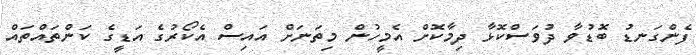
ފެންގަނޑު ބޮޑުވާ ދުވަސްކޮޅާ ދިމާކޮށް އެމީހުން މިތަނަށް އައިސް އެކޯރުގެ އަޑީގެ ކަންތައްތައް